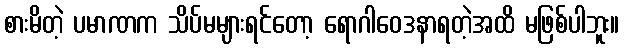
စားမိတဲ့ ပမာဏက သိပ်မများရင်တော့ ရောဂါဝေဒနာရတဲ့အထိ မဖြစ်ပါဘူး။